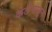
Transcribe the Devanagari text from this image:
कलेपासून